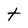
Character: t